Document type: Community of property
Year: 1312
Scribe: Pere Amorós
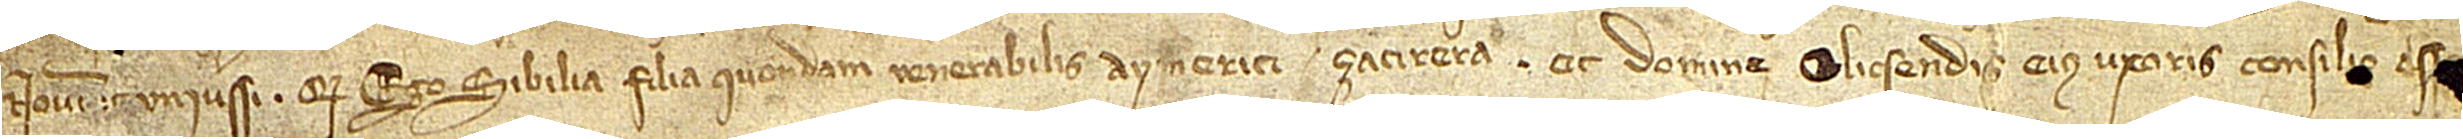
Noverint universi quod ego Sibilia, filia quondam venerabilis Aymerici Çacirera et domine Elicsendis, eius uxoris, consilio es[...]